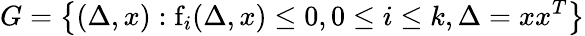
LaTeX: G=\left\{ (\Delta,x):\mathrm{{f}}_{i}(\Delta,x)\leq 0,0\leq i\leq k,\Delta=xx^{T}\right\}